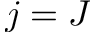
j = J